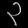
Digit: ၃